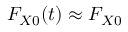
F _ { X 0 } ( t ) \approx F _ { X 0 }